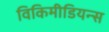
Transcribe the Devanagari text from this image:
विकिमीडियन्स